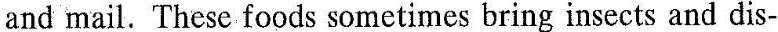
and mail.Thescfoods sometimes bring insects and